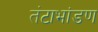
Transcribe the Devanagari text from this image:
तंटाभांडण